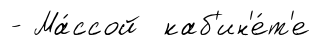
- Ма́ссой каб'ин'е́т'е